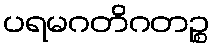
ပရမဂတိဂတဉ္စ